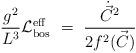
LaTeX: \begin{align*} \frac {g^2}{L^3} {\cal L}^{\rm eff}_{\rm bos}\ = \ \frac{ \dot{\vec{C}}^2}{2 f^2(\vec{C})} \,\end{align*}